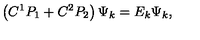
\left( C ^ { 1 } P _ { 1 } + C ^ { 2 } P _ { 2 } \right) \Psi _ { k } = E _ { k } \Psi _ { k } ,